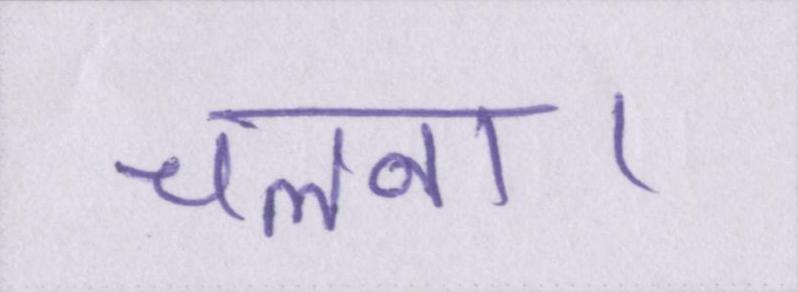
चलना।